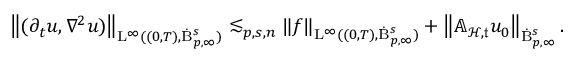
\begin{array} { r } { \left\lVert ( \partial _ { t } u , \nabla ^ { 2 } u ) \right\rVert _ { \mathrm { L } ^ { \infty } ( ( 0 , T ) , \dot { \mathrm { B } } _ { p , \infty } ^ { s } ) } \lesssim _ { p , s , n } \left\lVert f \right\rVert _ { \mathrm { L } ^ { \infty } ( ( 0 , T ) , \dot { \mathrm { B } } _ { p , \infty } ^ { s } ) } + \left\lVert \mathbb { A } _ { \mathcal { H } , \mathfrak { t } } u _ { 0 } \right\rVert _ { \dot { \mathrm { B } } _ { p , \infty } ^ { s } } . } \end{array}